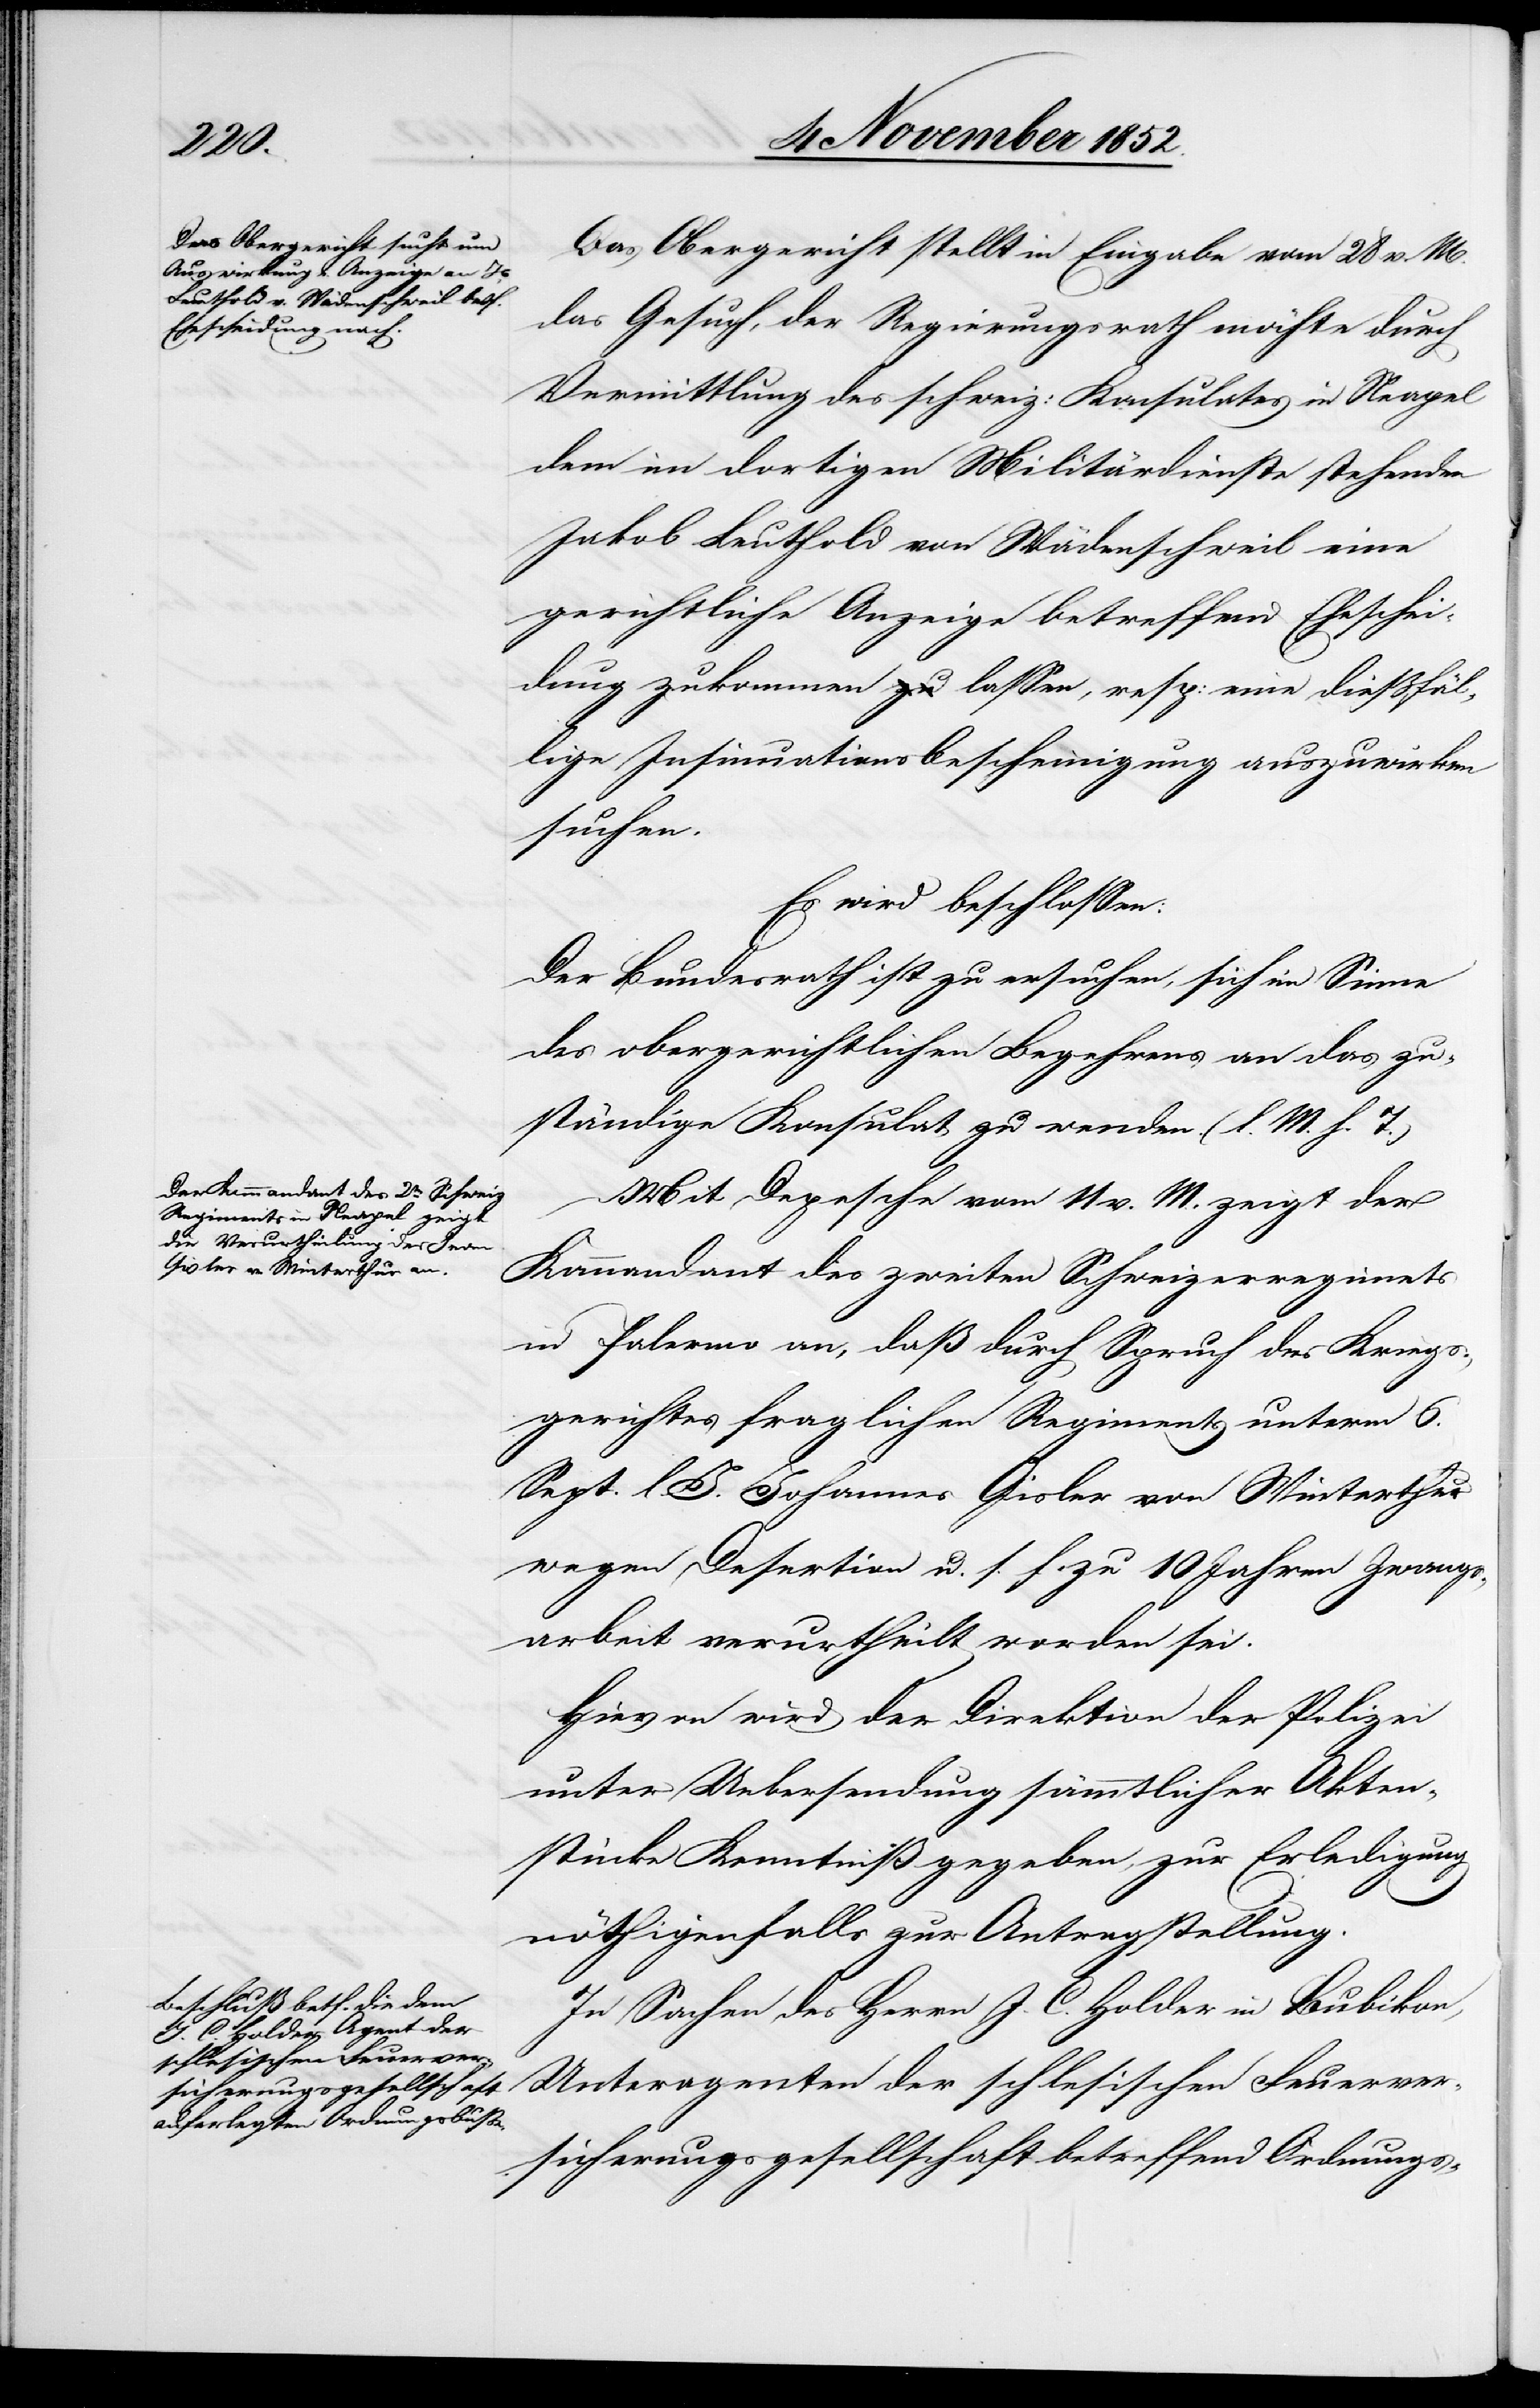
Das Obergericht stellt in Eingabe vom 28 v. M.
das Gesuch, der Regierungsrath möchte durch
Vermittlung des schweiz: Konsulates in Neapel
dem im dortigen Militärdienste stehenden
Jakob Leuthold von Wädenschweil eine
gerichtliche Anzeige betreffend Eheschei¬
dung zukommen lassen, resp: eine dießfäl¬
lige Insinuationsbescheinigung auszuwirken
suchen.
Es wird beschlossen:
Der Bundesrath ist zu ersuchen, sich im Sinne
des obergerichtlichen Begehrens an das zu¬
ständige Konsulat zu wenden. (l. M. h. T.)
Mit Depesche vom 11 v. M. zeigt der
Kommandant des zweiten Schweizerregime[n]ts
in Palermo an, daß durch Spruch des Kriegs¬
gerichtes fraglichen Regiments unterm 6.
Sept. l. J. Johannes Gisler von Winterthur
wegen Desertion u. s. f. zu 10 Jahren Zwangs¬
arbeit verurtheilt worden sei.
Hievon wird der Direktion der Polizei
unter Uebersendung sämmtlicher Akten¬
stücke Kenntniß gegeben, zur Erledigung
nöthigenfalls zur Antragstellung.
In Sachen des Herrn J. C. Holder in Bubikon,
Unteragenten der schlesischen Feuerver¬
sicherungsgesellschaft betreffend Ordnungs-